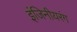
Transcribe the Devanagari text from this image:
इंजिनीयरंग